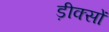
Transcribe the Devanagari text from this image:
ड़ीक्सों